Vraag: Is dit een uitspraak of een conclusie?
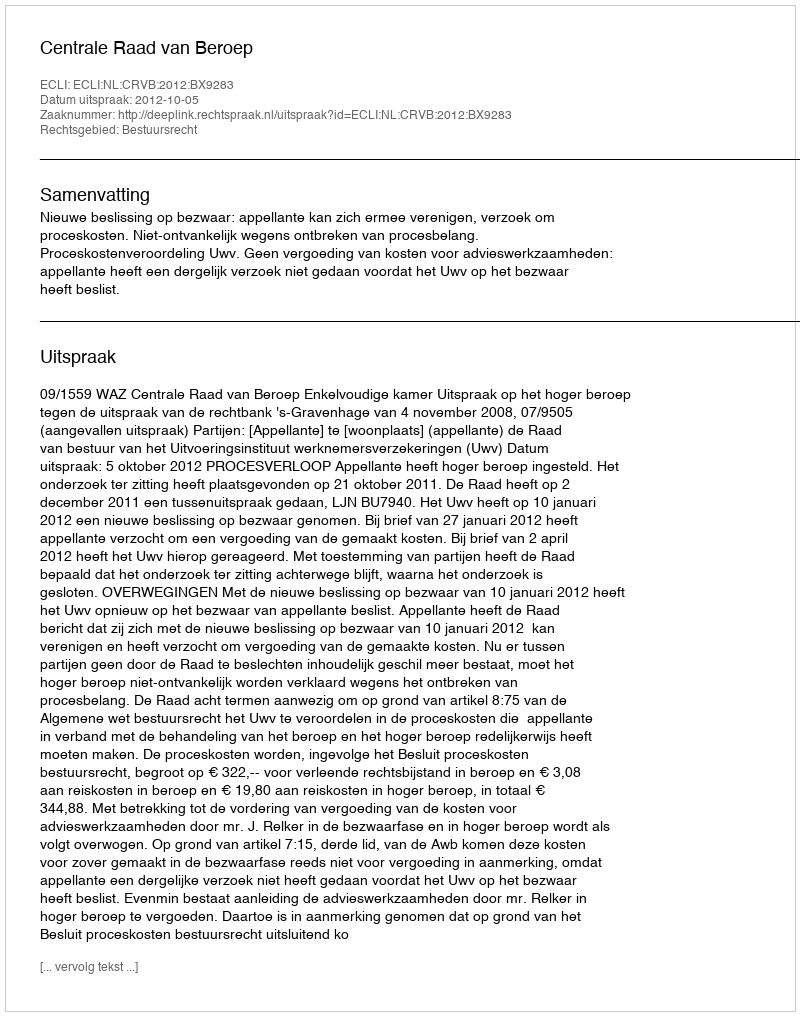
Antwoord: Uitspraak